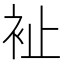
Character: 𧘲